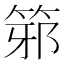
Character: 𥭕